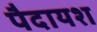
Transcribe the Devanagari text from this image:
पैदायश